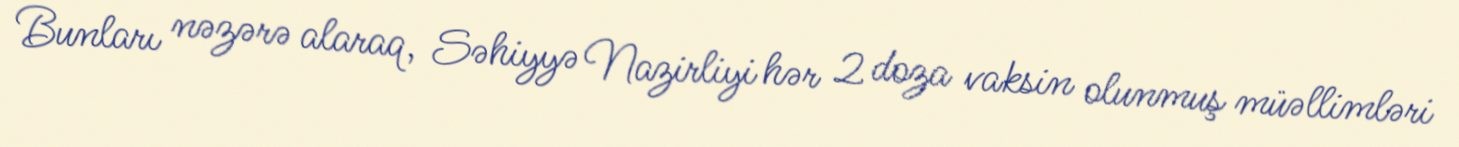
Bunları nəzərə alaraq, Səhiyyə Nazirliyi hər 2 doza vaksin olunmuş müəllimləri